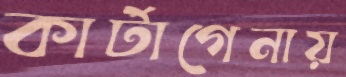
কার্টাগেনায়